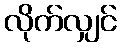
လိုက်လျှင်